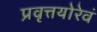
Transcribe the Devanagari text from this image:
प्रवृत्तयोरेवं